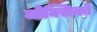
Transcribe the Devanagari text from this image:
मोक्सिको